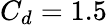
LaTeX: C_{d}=1.5